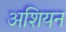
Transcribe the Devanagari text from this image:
अशियन